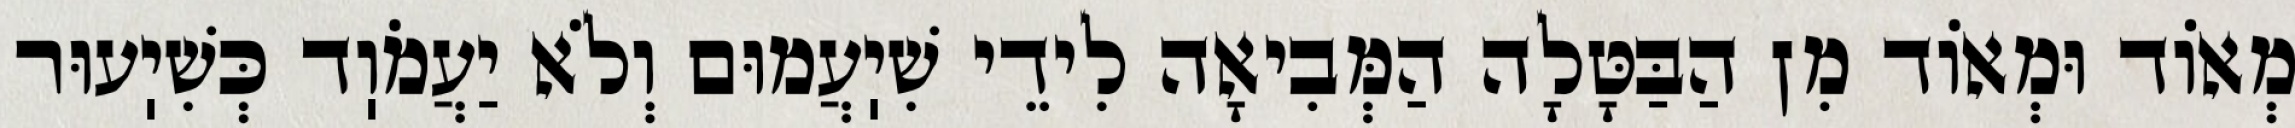
מְאוֹד וּמְאוֹד מִן הַבַּטָּלָה הַמְּבִיאָה לִידֵי שִׁיֽעֲמוּם וְלֹא יַעֲמֹוֽד כְּשִׁיֽעוּר